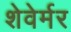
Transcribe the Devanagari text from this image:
शेवेर्मर